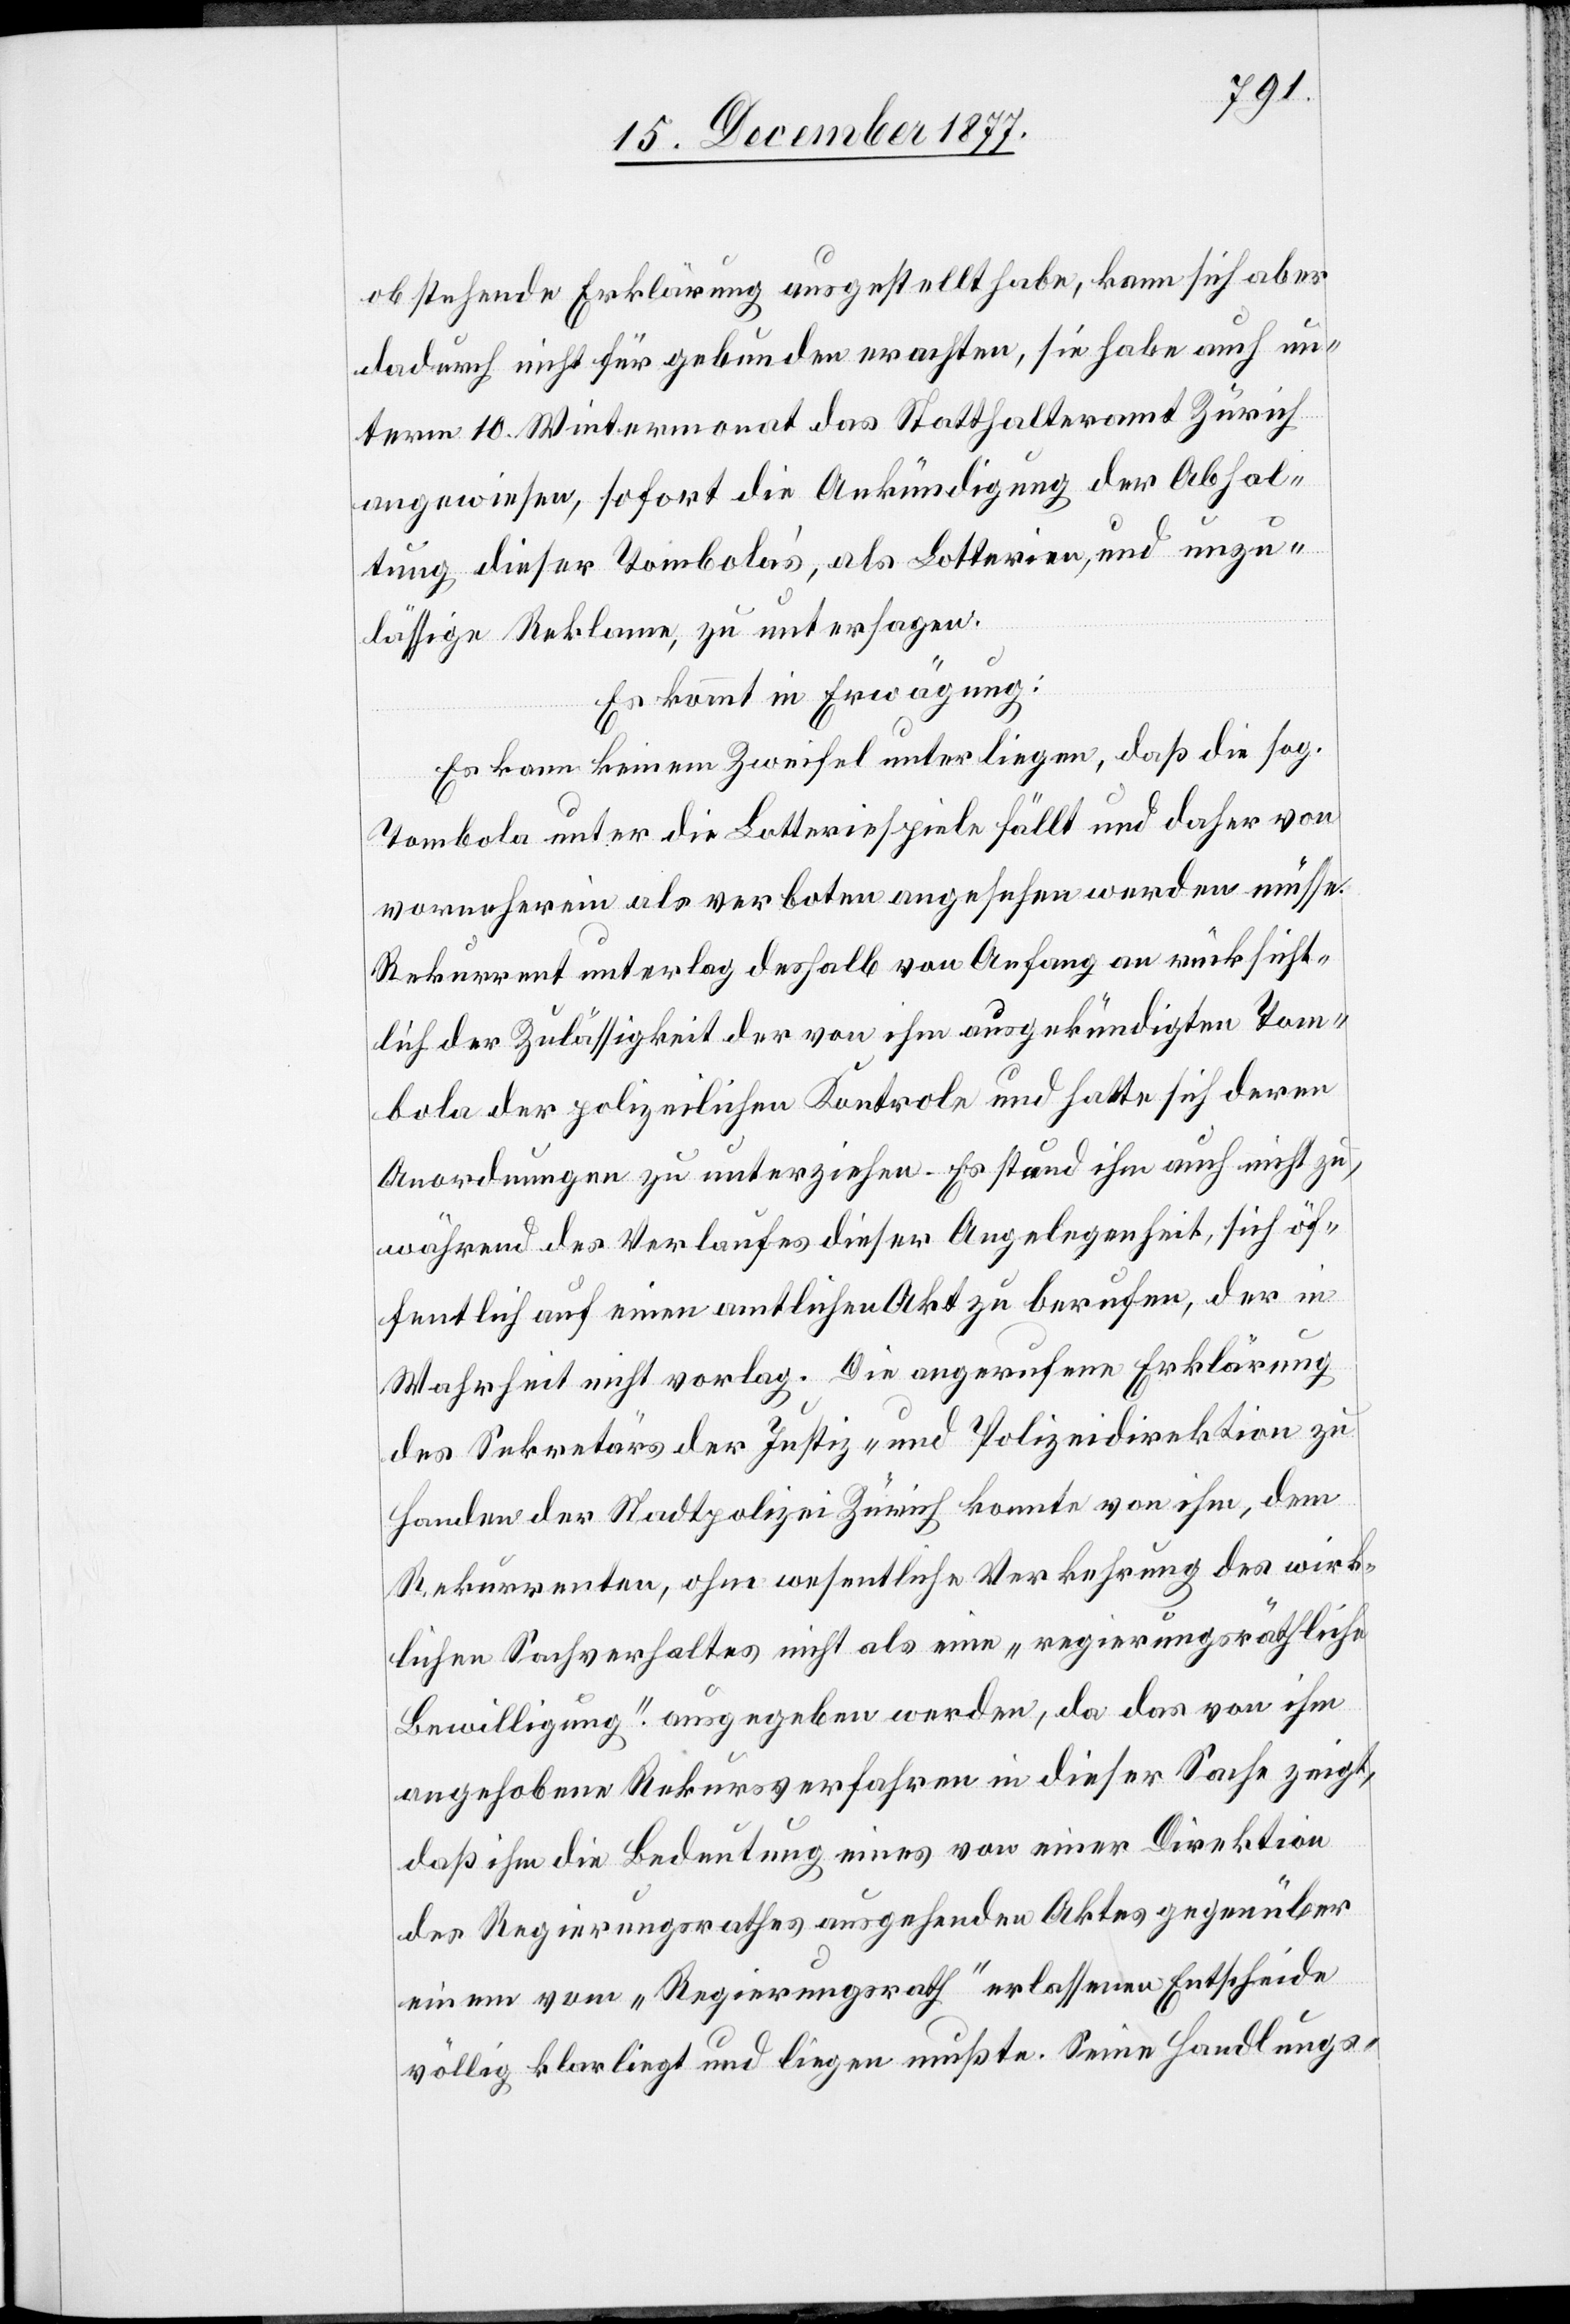
obstehende Erklärung ausgestellt habe, kann sich aber
dadurch nicht für gebunden erachten, sie habe auch un¬
term 10. Wintermonat das Statthalteramt Zürich
angewiesen, sofort die Ankündigung der Abhal¬
tung dieser Tombola’s, als Lotterien, und unzu¬
lässige Reklame, zu untersagen.
Es kommt in Erwägung:
Es kann keinem Zweifel unterliegen, daß die sog.
Tombola unter die Lotteriespiele fällt und daher von
vorneherein als verboten angesehen werden müsse.
Rekurrent unterlag deshalb von Anfang an rücksicht¬
lich der Zulässigkeit der von ihm ausgekündigten Tom¬
bola der polizeilichen Kontrole und hatte sich deren
Anordnungen zu unterziehen. Es stand ihm auch nicht zu,
während des Verlaufes dieser Angelegenheit, sich öf¬
fentlich auf einen amtlichen Akt zu berufen, der in
Wahrheit nicht vorlag. Die angerufene Erklärung
des Sekretärs der Justiz- und Polizeidirektion zu
Handen der Stadtpolizei Zürich konnte von ihm, dem
Rekurrenten, ohne wesentliche Verkehrung des wirk¬
lichen Sachverhaltes nicht als eine „regierungsräthliche
Bewilligung“ ausgegeben werden, da das von ihm
angehobene Rekursverfahren in dieser Sache zeigt,
daß ihm die Bedeutung eines von einer Direktion
des Regierungsrathes ausgehenden Aktes gegenüber
einem vom „Regierungsrath“ erlassenen Entscheide
völlig klarliegt und liegen mußte. Seine Handlungs-